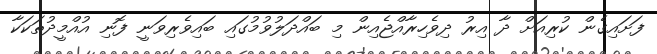
ފަށައިގެން ކުރިއަށް ދާ އިރު ދިވެހިރާއްޖެއިން މި ބައްދަލުވުމުގައި ބައިވެރިވަނީ ފޮނި އުއްމީދުތަކަކާ